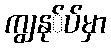
ကျွနု်ပ်မှာ